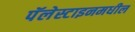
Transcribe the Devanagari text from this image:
पॅलेस्टाइनमधील